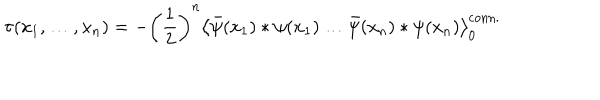
LaTeX: \tau ( x _ { 1 } , \ldots , x _ { n } ) = - \left( \frac { 1 } { 2 } \right) ^ { n } \left< \bar { \psi } ( x _ { 1 } ) * \psi ( x _ { 1 } ) \ldots \bar { \psi } ( x _ { n } ) * \psi ( x _ { n } ) \right> _ { 0 } ^ { \mathrm { c o n n . } }